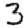
Digit: 3